Report on the lunatic asylums in Bengal - 1862-
Year: 1862
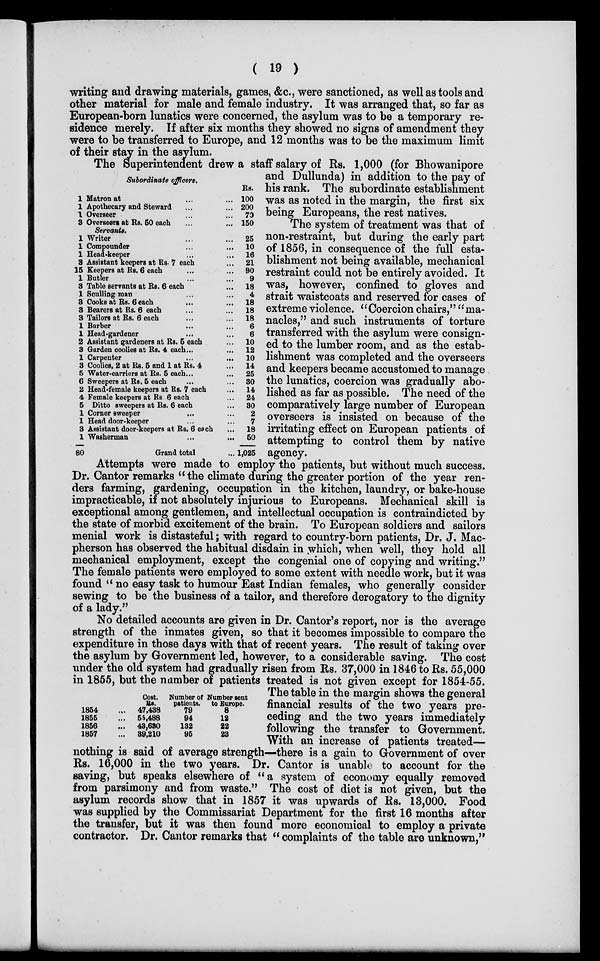
( 19 )
writing and drawing materials, games, &c., were sanctioned, as well as tools and
other material for male and female industry. It was arranged that, so far as
European-born lunatics were concerned, the asylum was to be a temporary re-
sidence merely. If after six months they showed no signs of amendment they
were to be transferred to Europe, and 12 months was to be the maximum limit
of their stay in the asylum.
1
1
1
3
1
1
1
3
15
1
3
1
3
3
3
1
1
2
3
1
3
5
6
2
4
5
1
1
3
1
80
Subordinate officers.
Matron at ... ...
Apothecary and Steward ... ...
Overseer ... ...
Overseers at Rs. 50 each ... ...
Servants.
Writer ... ...
Compounder ... ...
Head-keeper ... ...
Assistant keepers at Rs. 7 each ...
Keepers at Rs. 6 each ... ...
Butler ... ...
Table servants at Rs. 6 each ...
Sculling man ... ...
Cooks at Rs. 6 each ... ...
Bearers at Rs. 6 each ... ...
Tailors at Rs. 6 each ... ...
Barber ... ...
Head-gardener
...
...
Assistant gardeners at Rs. 5 each ...
Garden coolies at Rs. 4 each ... ...
Carpenter
...
...
Coolies, 2 at Rs. 5 and 1 at Rs. 4 ...
Water-carriers at Rs. 5 each ... ...
Sweepers at Rs. 5 each ... ...
Head-female keepers at Rs. 7 each ...
Female keepers at Rs.6 each ...
Ditto sweepers at Rs. 6 each ...
Corner sweeper ... ...
Head door-keeper ... ...
Assistant door-keepers at Rs. 6 each ...
Washerman ... ...
Grand total ...
Rs.
100
200
70
150
25
10
16
21
90
9
18
4
18
18
18
6
6
10
12
10
14
25
30
14
24
30
2
7
18
50
1,025
The Superintendent drew a staff salary of Rs. 1,000 (for Bhowanipore
and Dullunda) in addition to the pay of
his rank. The subordinate establishment
was as noted in the margin, the first six
being Europeans, the rest natives.
The system of treatment was that of
non-restraint, but during the early part
of 1856, in consequence of the full esta-
blishment not being available, mechanical
restraint could not be entirely avoided. It
was, however, confined to gloves and
strait waistcoats and reserved for cases of
extreme violence. "Coercion chairs," "ma-
nacles," and such instruments of torture
transferred with the asylum were consign-
ed to the lumber room, and as the estab-
lishment was completed and the overseers
and keepers became accustomed to manage
the lunatics, coercion was gradually abo-
lished as far as possible. The need of the
comparatively large number of European
overseers is insisted on because of the
irritating effect on European patients of
attempting to control them by native
agency.
Attempts were made to employ the patients, but without much success.
Dr. Cantor remarks "the climate during the greater portion of the year ren-
ders farming, gardening, occupation in the kitchen, laundry, or bake-house
impracticable, if not absolutely injurious to Europeans. Mechanical skill is
exceptional among gentlemen, and intellectual occupation is contraindicted by
the state of morbid excitement of the brain. To European soldiers and sailors
menial work is distasteful; with regard to country-born patients, Dr. J. Mac-
pherson has observed the habitual disdain in which, when well, they hold all
mechanical employment, except the congenial one of copying and writing."
The female patients were employed to some extent with needle work, but it was
found " no easy task to humour East Indian females, who generally consider
sewing to be the business of a tailor, and therefore derogatory to the dignity
of a lady."
1854
1855
1856
1857
Cost.
Rs.
47,438
55,488
43,630
39,210
Number of
patients.
79
94
132
95
Number sent
to Europe.
8
12
22
23
No detailed accounts are given in Dr. Cantor's report, nor is the average
strength of the inmates given, so that it becomes impossible to compare the
expenditure in those days with that of recent years. The result of taking over
the asylum by Government led, however, to a considerable saving. The cost
under the old system had gradually risen from Rs. 37,000 in 1846 to Rs. 55,000
in 1855, but the number of patients treated is not given except for 1854-55.
The table in the margin shows the general
financial results of the two years pre-
ceding and the two years immediately
following the transfer to Government.
With an increase of patients treated—
nothing is said of average strength—there is a gain to Government of over
Rs. 16,000 in the two years. Dr. Cantor is unable to account for the
saving, but speaks elsewhere of "a system of economy equally removed
from parsimony and from waste." The cost of diet is not given, but the
asylum records show that in 1857 it was upwards of Rs. 13,000. Food
was supplied by the Commissariat Department for the first 16 months after
the transfer, but it was then found more economical to employ a private
contractor. Dr. Cantor remarks that " complaints of the table are unknown,"